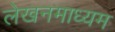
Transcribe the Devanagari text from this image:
लेखनमाध्यम